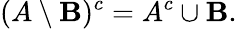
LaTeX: (A\setminus\mathbf{B})^{c}=A^{c}\cup\mathbf{B}.